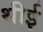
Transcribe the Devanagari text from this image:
थीई